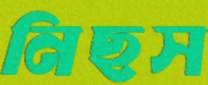
নিছস